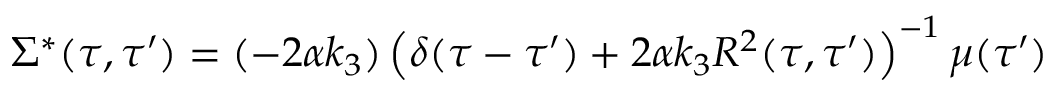
{ } \Sigma ^ { * } ( \tau , \tau ^ { \prime } ) = ( - 2 \alpha k _ { 3 } ) \left( \delta ( \tau - \tau ^ { \prime } ) + 2 \alpha k _ { 3 } R ^ { 2 } ( \tau , \tau ^ { \prime } ) \right) ^ { - 1 } \mu ( \tau ^ { \prime } )